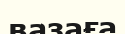
вазаға